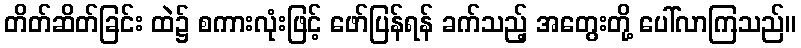
တိတ်ဆိတ်ခြင်း ထဲ၌ စကားလုံးဖြင့် ဖော်ပြန်ရန် ခက်သည့် အတွေးတို့ ပေါ်လာကြသည်။